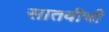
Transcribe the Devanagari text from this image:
सातवीची